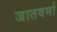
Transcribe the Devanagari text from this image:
जातवर्मा